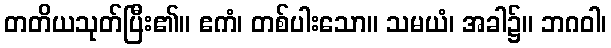
တတိယသုတ်ပြီး၏။ ဧကံ၊ တစ်ပါးသော။ သမယံ၊ အခါ၌။ ဘဂဝါ၊